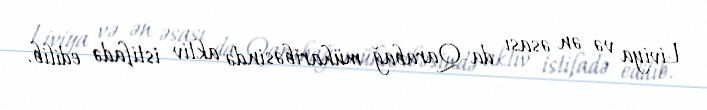
Liviya və ən əsası da Qarabağ müharibəsində aktiv istifadə edilib.